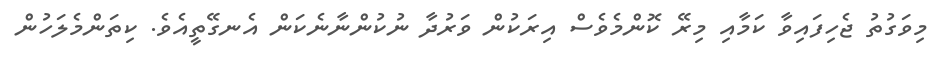
މިވަގުތު ޖެހިފައިވާ ކަމާއި މިރޭ ކޮންމެވެސް އިރަކުން ވަރުދާ ނުކުންނާނެކަން އެނގޭތީއެވެ. ކިތަންމެލަހުން